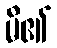
မိ၏